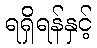
ရရှိရန်နှင့်